Leaving Certificate Examination, 1922
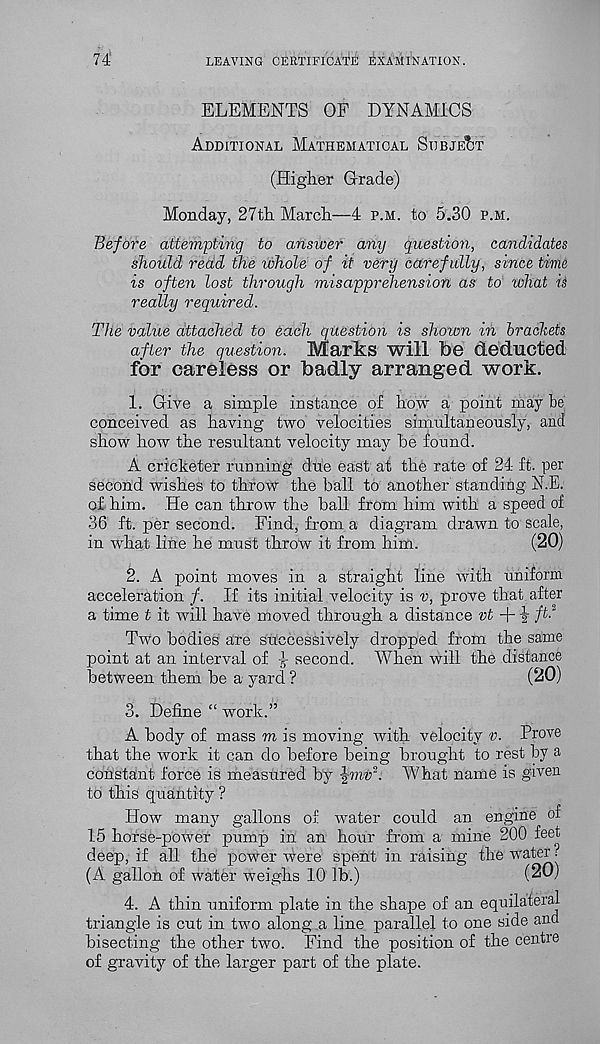
74
LEAVING CERTIFICATE EXAMINATION.
ELEMENTS OF DYNAMICS
Additional Mathematical Subject
(Higher Grade)
Monday, 27th March—4 p.m. to 5.30 p.m.
Before attempting to answer any question, candidates
should read the whole of it very carefully, since time
is often lost through misapprehension as to what is
really required.
The value attached to each question is shown in brackets
after the question. Marks will be deducted
for careless or badly arranged work.
1. Give a simple instance of how a point may be
conceived as having two velocities simultaneously, and
show how the resultant velocity may he found.
A cricketer funning due east at the rate of 24 ft. per
second wishes to throw the ball to another standing N.E.
of him. He can throw the ball from him with a speed of
36 ft. per second. Find, from a diagram drawn to scale,
in what line he must throw it from him.
(20)
2. A point moves in a straight line with uniform
acceleration f. If its initial velocity is v, prove that after
a time t it will have moved through a distance ?;£ + i fl-
Two bodies are snccessively dropped from the same
point at an interval of f second. When will the distance
between them be a yard ?
(20)
3. Define “ work.”
A body of mass m is moving with velocity v. Prove
that the work it can do before being brought to rest by a
constant force is measured by ^mv 2 : What name is given
to this quantity ?
How many gallons of water could an engine of
15 horse-power pump in an hour from a mine 200 feet
deep, if all the power v^ere spent in raising the water ?
(A gallon of water weighs 10 lb.)
(20)
4. A thin uniform plate in the shape of an equilateral
triangle is cut in two along a line parallel to one side and
bisecting the other two. Find the position of the centre
of gravity of the larger part of the plate.